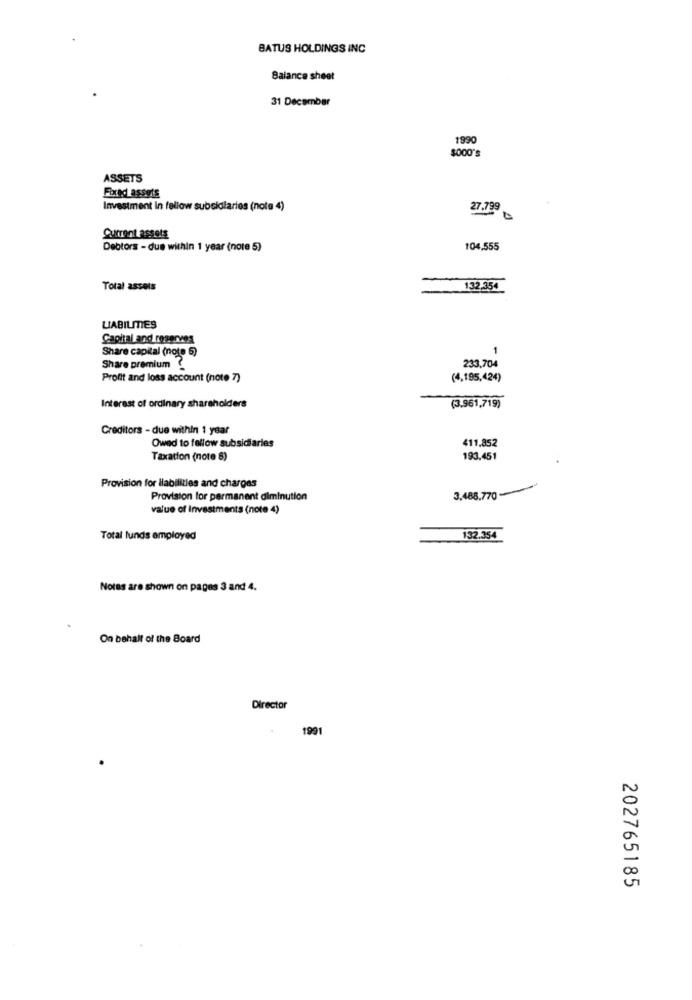
BATUS HOLDINGS INC
Balance sheet
31 December
1990
ASSETS
Fixed assets
Investment in fellow subsidiaries (note 4)
27.799
Current assets
Debtors - due within 1 year (note 5)
104,555
Total assets
132,354
LIABILITIES
Capital and reserves
Share capital (note 5)
Share premium
233,704
Profit and loss account (note 7)
(4,195,424)
(3.961,719)
Interest of ordinary shareholders
Creditors - due within 1 year
Owed to fellow subsidiaries
411.852
Taxation (note 8)
193.451
Provision for liabilities and charges
Provision for permanent diminution
3,488.770 -
value of Investments (note 4)
Total lunds amployed
132.354
Notes are shown on pages 3 and 4.
On behalf of the Board
Director
1991
202765185